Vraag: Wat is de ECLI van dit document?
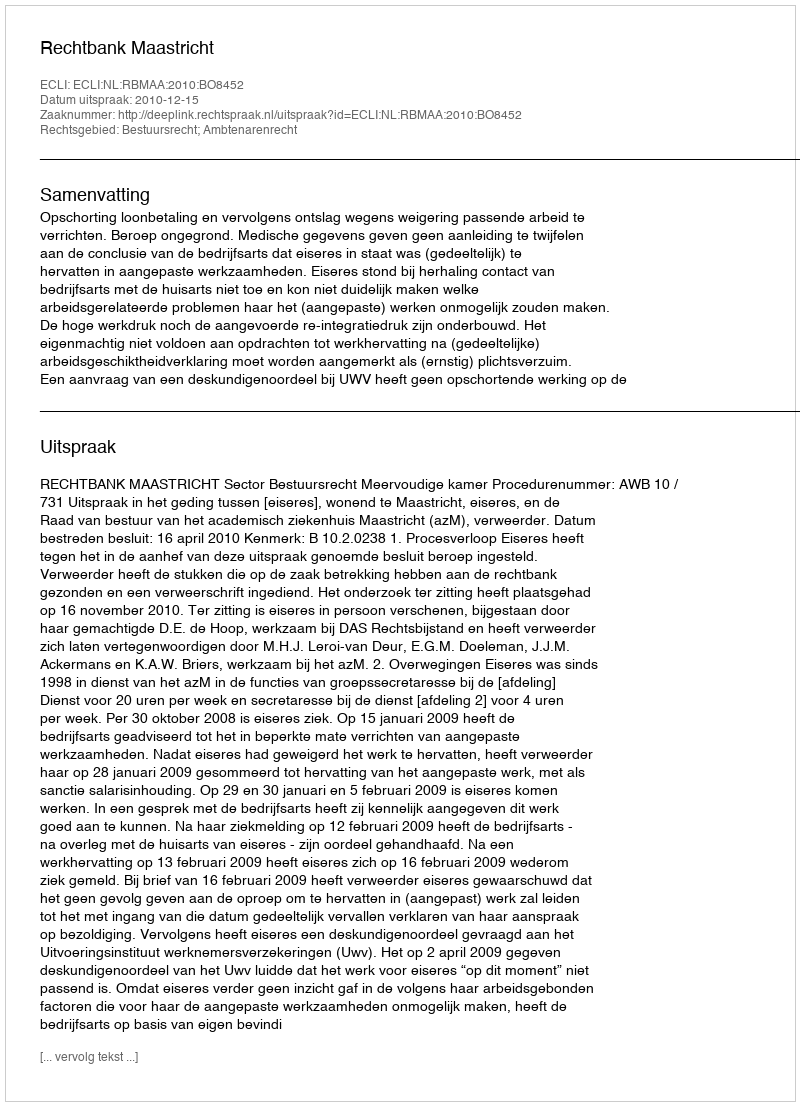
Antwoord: ECLI:NL:RBMAA:2010:BO8452